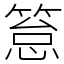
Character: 䈚